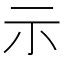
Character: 示